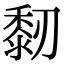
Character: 䵑